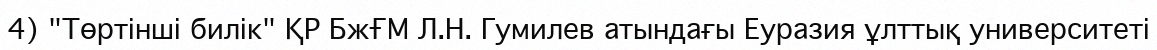
4) "Төртінші билік" ҚР БжҒМ Л.Н. Гумилев атындағы Еуразия ұлттық университеті